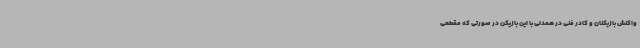
واکنش بازیکنان و کادر فنی در همدلی با این بازیکن در صورتی که مقطعی